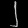
Digit: ၂